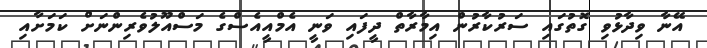
އޭނާ ވިދާޅުވި ގޮތުގައި ސަރުކާރުން އިމާރާތް ދީފައި ވަނީ އެމްއީއެސްގެ މަސްއޫލުވެރިންނަށް ކަމަށާއި